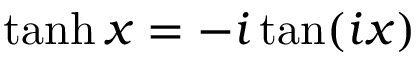
\operatorname { t a n h } x = - i \tan ( i x )